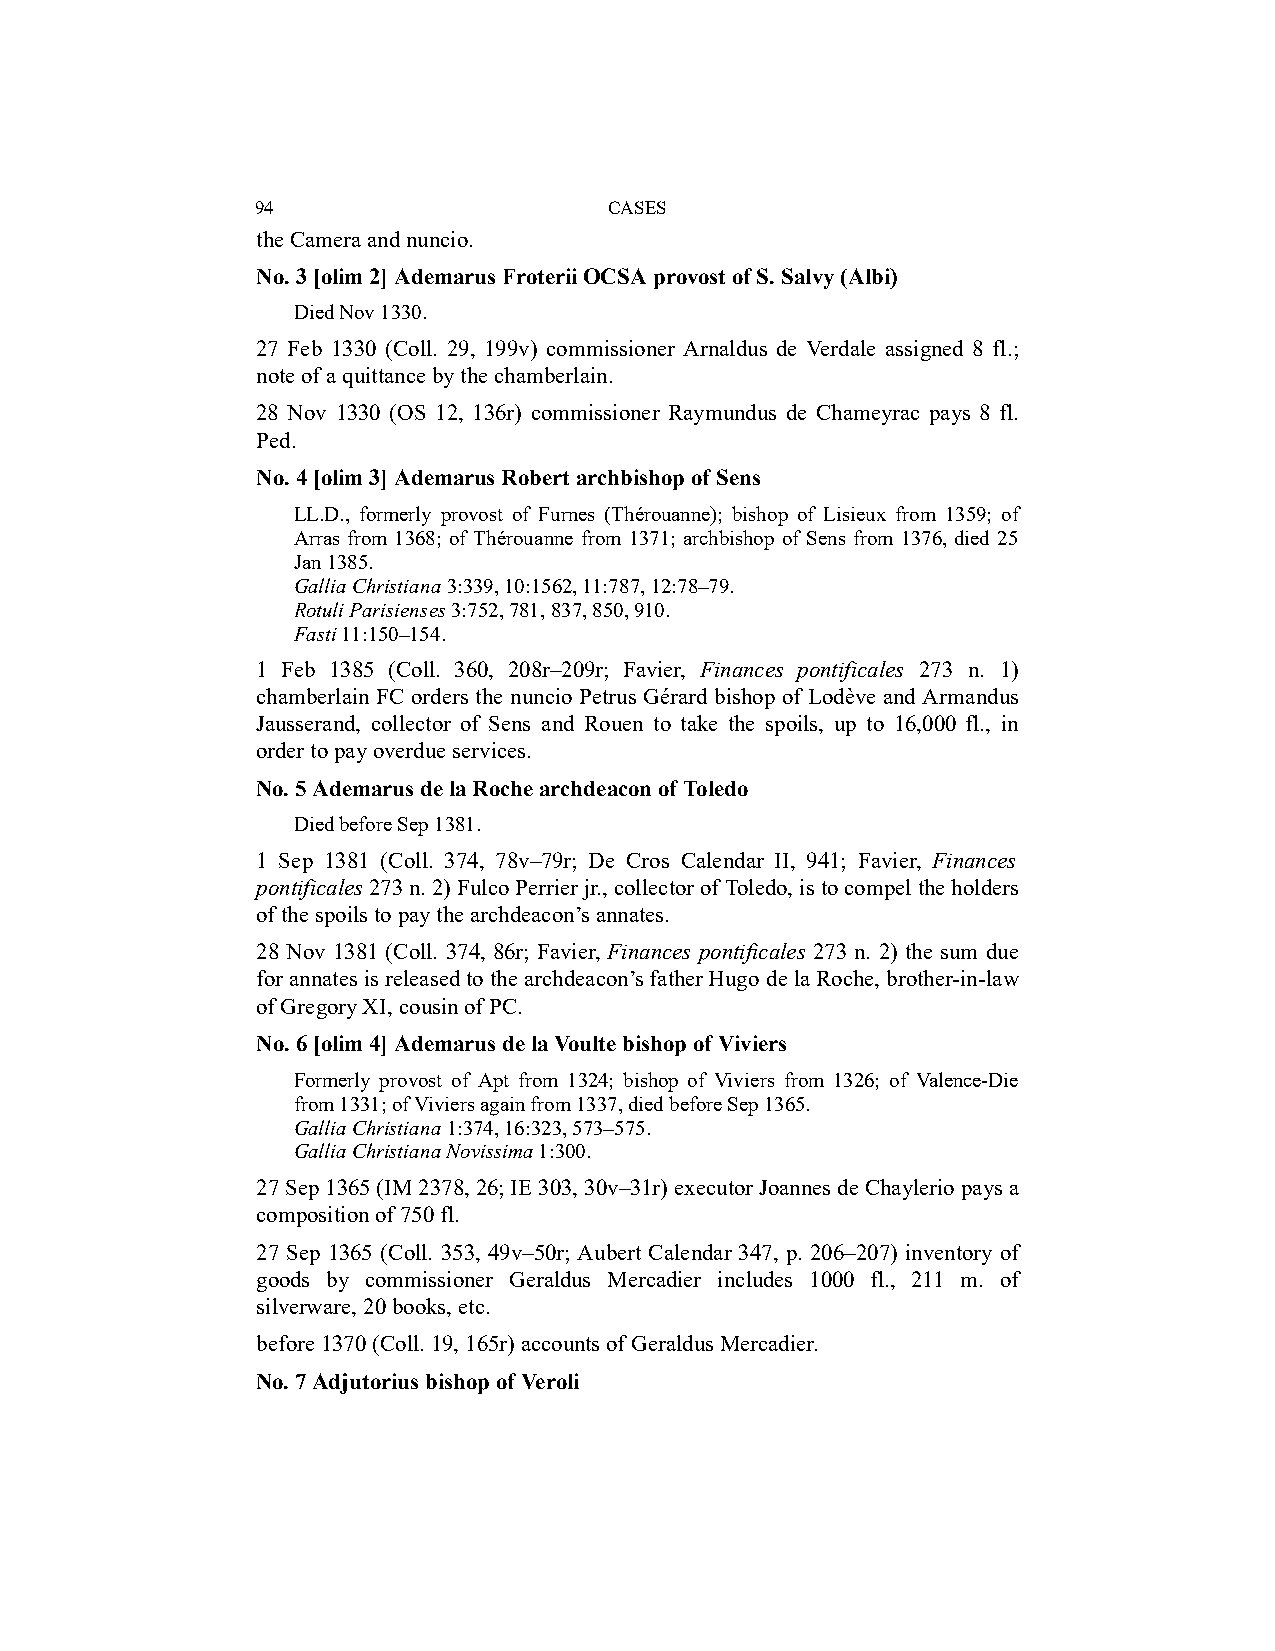
94                     CASES
 the Camera and nuncio.
 No. 3 [olim 2] Ademarus Froterii OCSA provost of S. Salvy (Albi)
 Died Nov 1330.
 27 Feb 1330 (Coll. 29, 199v) commissioner Arnaldus de Verdale assigned 8 fl.;
 note of a quittance by the chamberlain.
 28 Nov 1330 (OS 12, 136r) commissioner Raymundus de Chameyrac pays 8 fl.
 Ped.
 No. 4 [olim 3] Ademarus Robert archbishop of Sens
 LL.D., formerly provost of Furnes (Thérouanne); bishop of Lisieux from 1359; of
 Arras from 1368; of Thérouanne from 1371; archbishop of Sens from 1376, died 25
 Jan 1385.
 Gallia Christiana 3:339, 10:1562, 11:787, 12:78–79.
 Rotuli Parisienses 3:752, 781, 837, 850, 910.
 Fasti 11:150–154.
 1 Feb 1385 (Coll. 360, 208r–209r; Favier, Finances pontificales 273 n. 1)
 chamberlain FC orders the nuncio Petrus Gérard bishop of Lodève and Armandus
 Jausserand, collector of Sens and Rouen to take the spoils, up to 16,000 fl., in
 order to pay overdue services.
 No. 5 Ademarus de la Roche archdeacon of Toledo
 Died before Sep 1381.
 1 Sep 1381 (Coll. 374, 78v–79r; De Cros Calendar II, 941; Favier, Finances
 pontificales 273 n. 2) Fulco Perrier jr., collector of Toledo, is to compel the holders
 of the spoils to pay the archdeacon’s annates.
 28 Nov 1381 (Coll. 374, 86r; Favier, Finances pontificales 273 n. 2) the sum due
 for annates is released to the archdeacon’s father Hugo de la Roche, brother-in-law
 of Gregory XI, cousin of PC.
 No. 6 [olim 4] Ademarus de la Voulte bishop of Viviers
 Formerly provost of Apt from 1324; bishop of Viviers from 1326; of Valence-Die
 from 1331; of Viviers again from 1337, died before Sep 1365.
 Gallia Christiana 1:374, 16:323, 573–575.
 Gallia Christiana Novissima 1:300.
 27 Sep 1365 (IM 2378, 26; IE 303, 30v–31r) executor Joannes de Chaylerio pays a
 composition of 750 fl.
 27 Sep 1365 (Coll. 353, 49v–50r; Aubert Calendar 347, p. 206–207) inventory of
 goods by commissioner Geraldus Mercadier includes 1000 fl., 211 m. of
 silverware, 20 books, etc.
 before 1370 (Coll. 19, 165r) accounts of Geraldus Mercadier.
 No. 7 Adjutorius bishop of Veroli